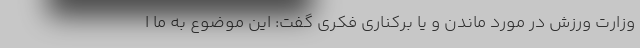
وزارت ورزش در مورد ماندن و یا برکناری فکری گفت: این موضوع به ما ا